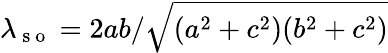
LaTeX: \lambda_{\mathrm{~s~o~}}=2ab/\sqrt{(a^{2}+c^{2})(b^{2}+c^{2})}